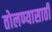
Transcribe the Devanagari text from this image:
तोलण्यासाठी